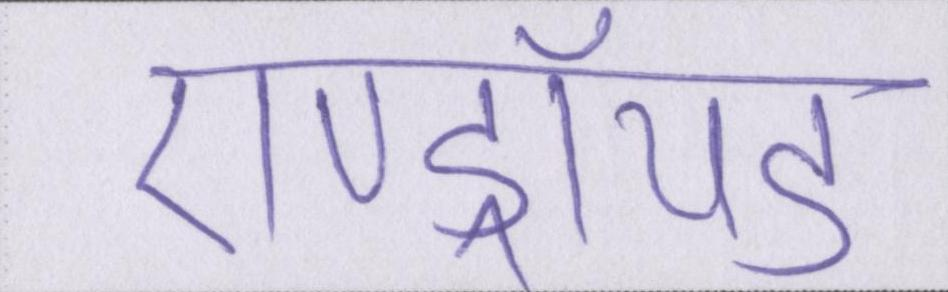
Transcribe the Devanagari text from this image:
एण्ड्रॉयड